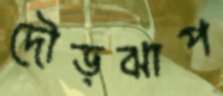
দৌড়ঝাপ